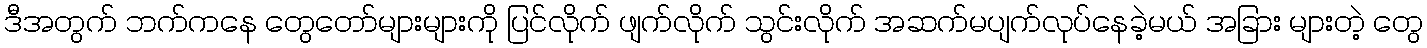
ဒီအတွက် ဘက်ကနေ တွေတော်များများကို ပြင်လိုက် ဖျက်လိုက် သွင်းလိုက် အဆက်မပျက်လုပ်နေခဲ့မယ် အခြား များတဲ့ တွေ